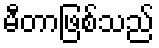
မီတာဖြစ်သည်